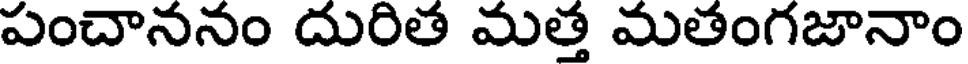
పంచాననం దురిత మత్త మతంగజానాం